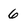
Character: 6